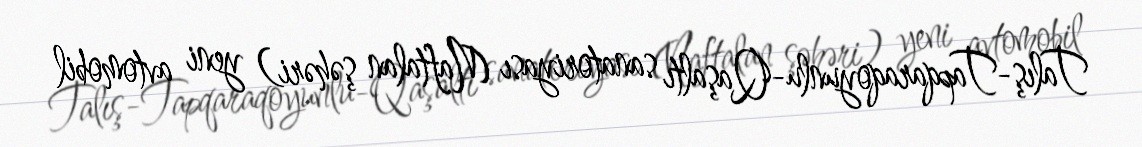
Talış-Tapqaraqoyunlu-Qaşaltı sanatoriyası (Naftalan şəhəri) yeni avtomobil